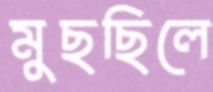
মুছছিলে